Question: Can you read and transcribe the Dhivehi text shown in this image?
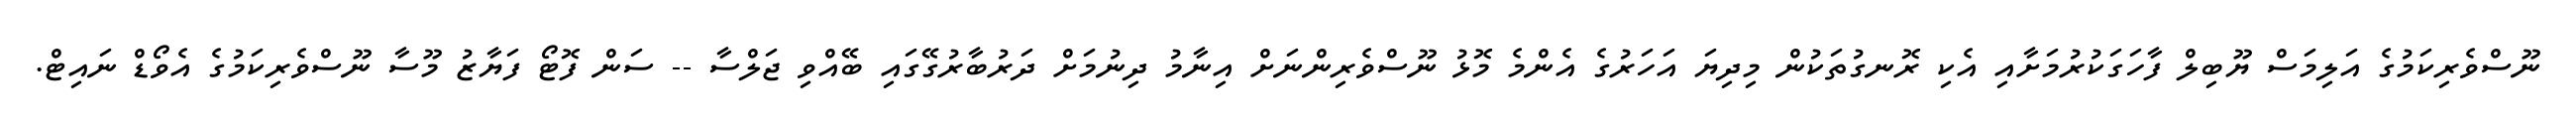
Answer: ނޫސްވެރިކަމުގެ އަލިމަސް ޔޫބިލް ފާހަގަކުރުމަށާއި އެކި ރޮނގުތަކުން މިދިޔަ އަހަރުގެ އެންމެ މޮޅު ނޫސްވެރިންނަށް އިނާމު ދިނުމަށް ދަރުބާރުގޭގައި ބޭއްވި ޖަލްސާ -- ސަން ފޮޓޯ ފަޔާޒު މޫސާ ނޫސްވެރިކަމުގެ އެވޯޑް ނައިޓް.